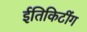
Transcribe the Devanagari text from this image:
ईतिकिटींग